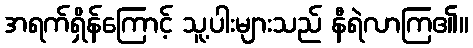
အရက်ရှိန်ကြောင့် သူ့ပါးများသည် နီရဲလာကြ၏။